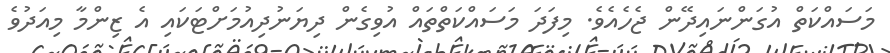
މަސައްކަތް އުގަންނައިދޭން ޖެހެއެވެ. މިފަދަ މަސައްކަތްތައް އުވިގެން ދިޔަނުދިއުމަށްޓަކައި އެ ޒިންމާ މިއަދުވެ